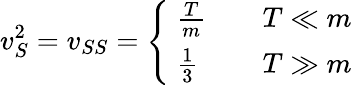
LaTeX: v_{S}^{2}=v_{SS}=\left\{ \ \begin{array}{ll}{{\frac Tm}}&{{\quad T\ll m}}\\ {{\frac 13}}&{{\quad T\gg m}}\end{array}\right.